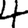
Digit: 4